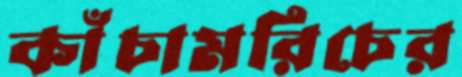
কাঁচামরিচের